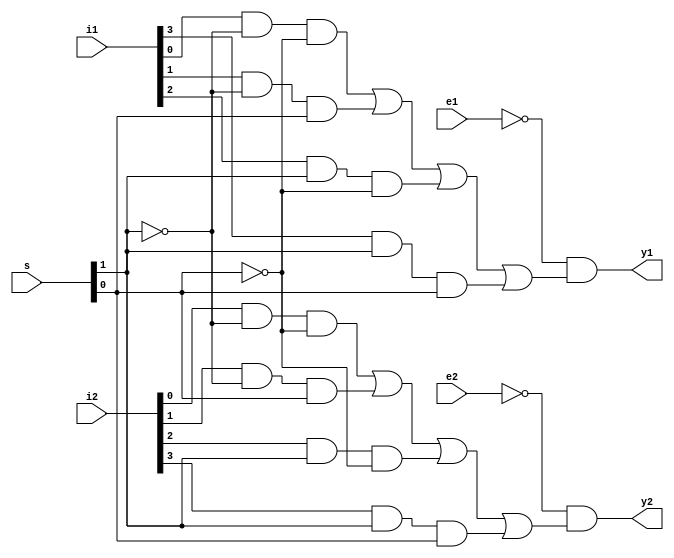
`timescale 1ns / 1ns
module selector_74153(
//output
          y1,
          y2,
//input
          i1,
          i2,
          s,
          e1,
          e2);
    input wire [3:0] i1;
    input wire [3:0] i2;
    input wire [1:0] s;
    input wire e1;
    input wire e2;
    output wire y1;
    output wire y2;

    wire sum1;
    wire sum2;
    assign #5 sum1 = i1[0] & ~s[1] & ~s[0] | i1[1] & ~s[1] & s[0] | i1[2] & s[1] & ~s[0] | i1[3] & s[1] & s[0];
    assign #5 sum2 = i2[0] & ~s[1] & ~s[0] | i2[1] & ~s[1] & s[0] | i2[2] & s[1] & ~s[0] | i2[3] & s[1] & s[0];

    assign #10 y1 = ~e1 & sum1;
    assign #10 y2 = ~e2 & sum2;

endmodule